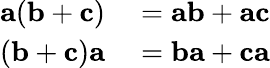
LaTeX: \begin{array}{rl}{\mathbf{a}(\mathbf{b}+\mathbf{c})}&{{}=\mathbf{ab}+\mathbf{ac}}\\ {(\mathbf{b}+\mathbf{c})\mathbf{a}}&{{}=\mathbf{ba}+\mathbf{ca}}\end{array}